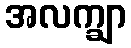
အလက္ချာ